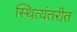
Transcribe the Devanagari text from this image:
स्थित्यंतरीत